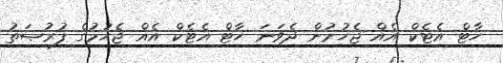
ހާޓް އެޓެކް އެއް ޖެހުމުން ދެވަނަ ހާޓް އެޓެކް އެއް ޖެހުމުގެ ފުރުޞަތު